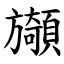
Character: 䫯